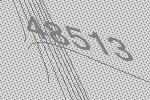
48513